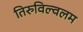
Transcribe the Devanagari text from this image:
तिरुविल्वलम